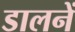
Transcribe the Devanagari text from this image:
डालनें